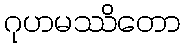
ဂုဟမဿိတော